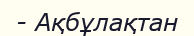
- Ақбұлақтан